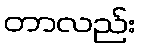
တာလည်း